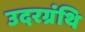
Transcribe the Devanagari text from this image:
उदरग्रंथि